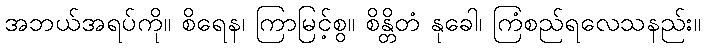
အဘယ်အရပ်ကို။ စိရေန၊ ကြာမြင့်စွ။ စိန္တိတံ နုခေါ၊ ကြံစည်ရလေသနည်း။